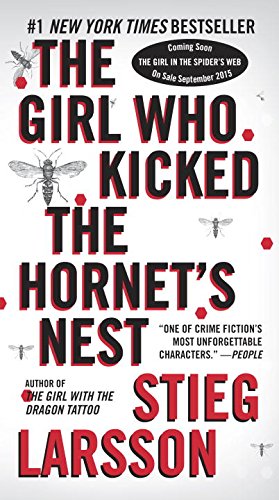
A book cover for The Girl Who Kicked the Hornet's Nest (Millennium Series); Stieg Larsson; Mystery, Thriller & Suspense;